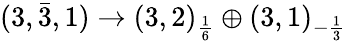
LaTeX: (3,{\bar{3}},1)\rightarrow(3,2)_{\frac{1}{6}}\oplus(3,1)_{-{\frac{1}{3}}}